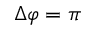
\Delta \varphi = \pi